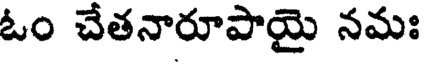
ఓం చేతనారూపాయై నమః